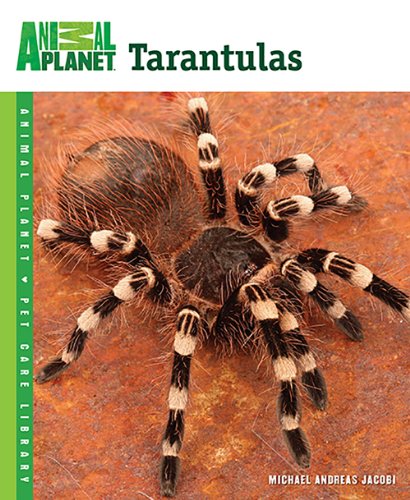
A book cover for Tarantulas (Animal Planet Pet Care Library); Michael Andreas Jacobi; Crafts, Hobbies & Home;